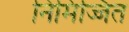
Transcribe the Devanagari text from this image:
निमिज्जित